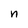
Character: n